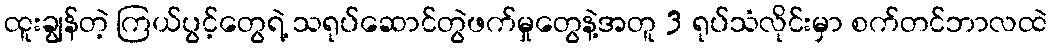
ထူးချွန်တဲ့ ကြယ်ပွင့်တွေရဲ့ သရုပ်ဆောင်တွဲဖက်မှုတွေနဲ့အတူ 3 ရုပ်သံလိုင်းမှာ စက်တင်ဘာလထဲ